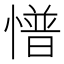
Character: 𢢏